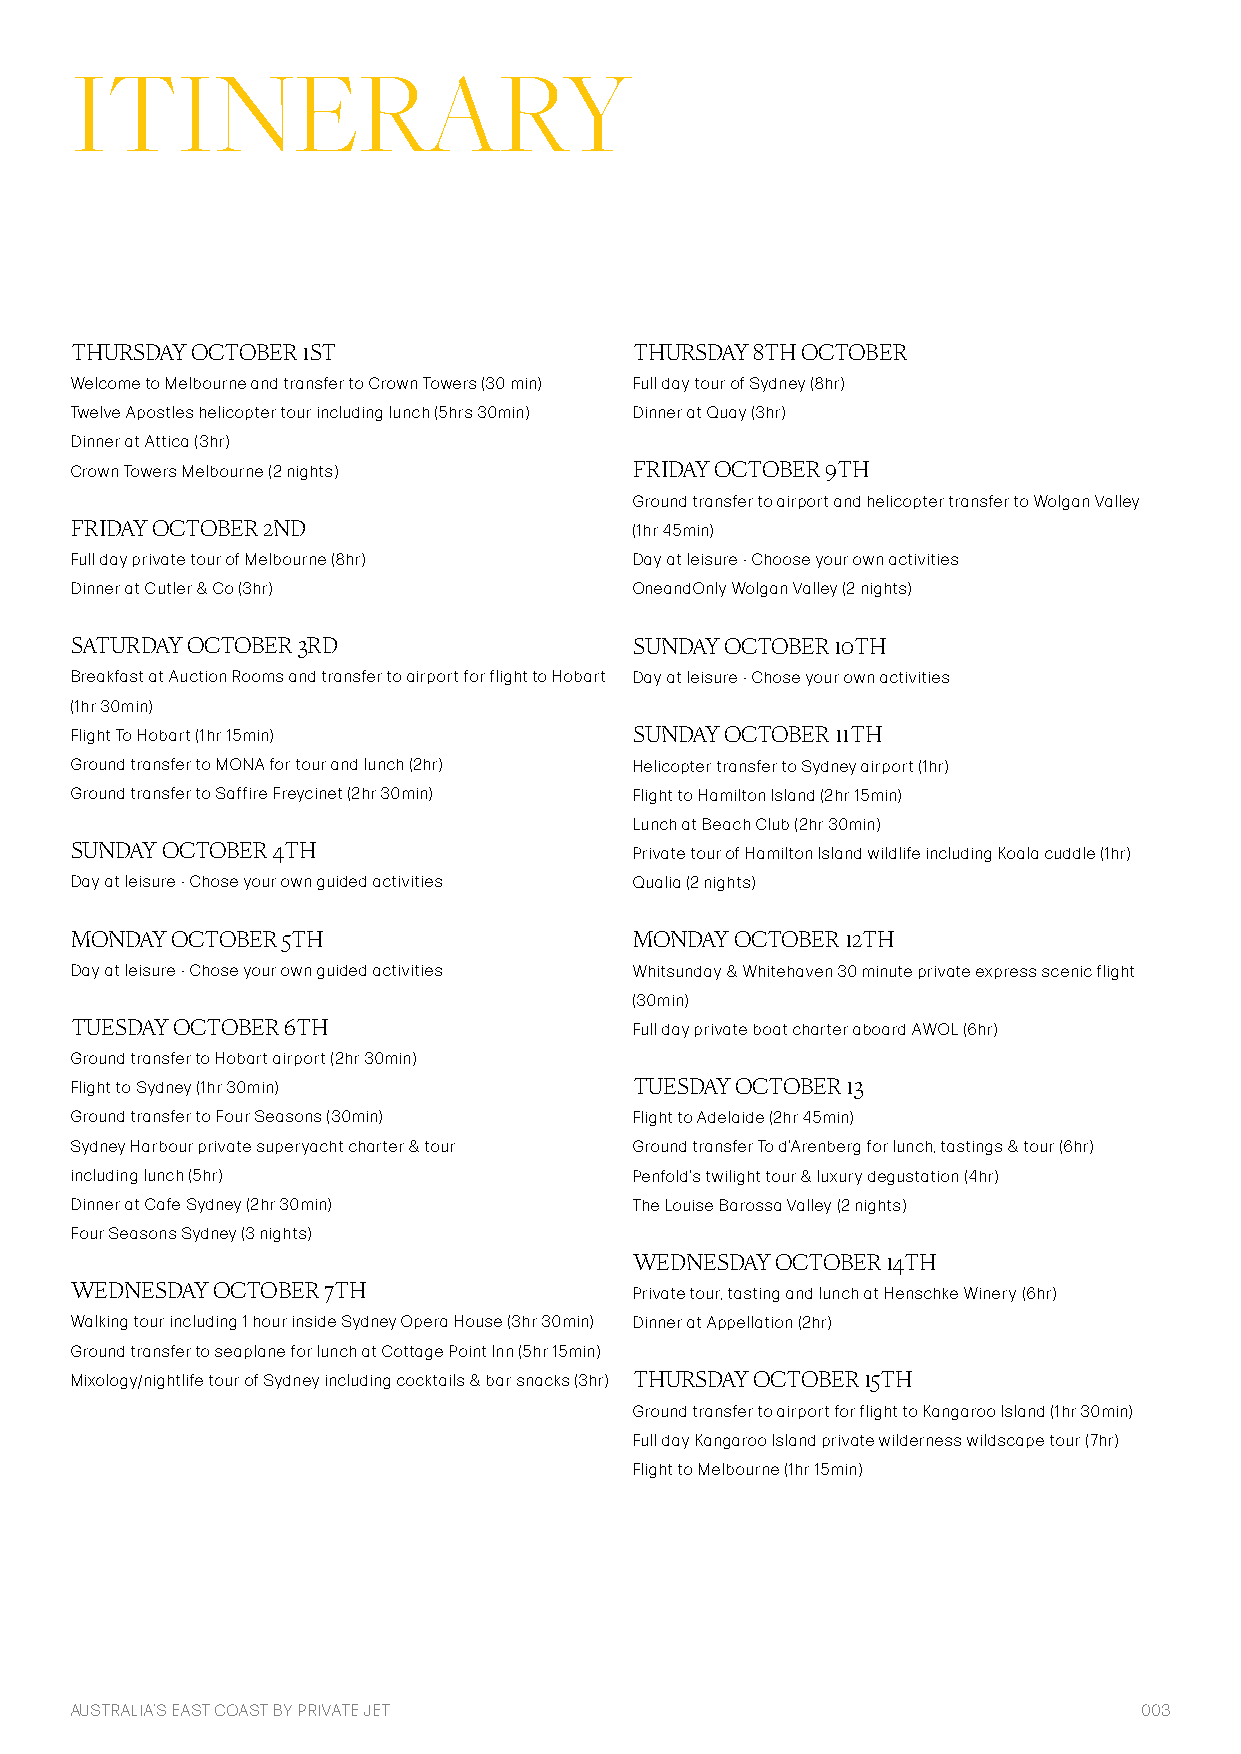
ITINERARY
 THURSDAY OCTOBER 1ST                 THURSDAY 8TH OCTOBER
 Welcome to Melbourne and transfer to Crown Towers (30 min) Full day tour of Sydney (8hr)
 Twelve Apostles helicopter tour including lunch (5hrs 30min) Dinner at Quay (3hr)
 Dinner at Attica (3hr)
 Crown Towers Melbourne (2 nights)    FRIDAY OCTOBER 9TH
 Ground transfer to airport and helicopter transfer to Wolgan Valley
 FRIDAY OCTOBER 2ND                   (1hr 45min)
 Full day private tour of Melbourne (8hr) Day at leisure - Choose your own activities
 Dinner at Cutler & Co (3hr)          OneandOnly Wolgan Valley (2 nights)
 SATURDAY OCTOBER 3RD                 SUNDAY OCTOBER 10TH
 Breakfast at Auction Rooms and transfer to airport for flight to Hobart Day at leisure - Chose your own activities
 (1hr 30min)
 Flight To Hobart (1hr 15min)         SUNDAY OCTOBER 11TH
 Ground transfer to MONA for tour and lunch (2hr) Helicopter transfer to Sydney airport (1hr)
 Ground transfer to Saffire Freycinet (2hr 30min) Flight to Hamilton Island (2hr 15min)
 Lunch at Beach Club (2hr 30min)
 SUNDAY OCTOBER 4TH
 Private tour of Hamilton Island wildlife including Koala cuddle (1hr)
 Day at leisure - Chose your own guided activities Qualia (2 nights)
 MONDAY OCTOBER 5TH                   MONDAY OCTOBER 12TH
 Day at leisure - Chose your own guided activities Whitsunday & Whitehaven 30 minute private express scenic flight
 (30min)
 TUESDAY OCTOBER 6TH                  Full day private boat charter aboard AWOL (6hr)
 Ground transfer to Hobart airport (2hr 30min)
 Flight to Sydney (1hr 30min)         TUESDAY OCTOBER 13
 Ground transfer to Four Seasons (30min) Flight to Adelaide (2hr 45min)
 Sydney Harbour private superyacht charter & tour Ground transfer To d’Arenberg for lunch, tastings & tour (6hr)
 including lunch (5hr)                Penfold’s twilight tour & luxury degustation (4hr)
 Dinner at Cafe Sydney (2hr 30min)    The Louise Barossa Valley (2 nights)
 Four Seasons Sydney (3 nights)
 WEDNESDAY OCTOBER 14TH
 WEDNESDAY OCTOBER 7TH
 Private tour, tasting and lunch at Henschke Winery (6hr)
 Walking tour including 1 hour inside Sydney Opera House (3hr 30min) Dinner at Appellation (2hr)
 Ground transfer to seaplane for lunch at Cottage Point Inn (5hr 15min)
 Mixology/nightlife tour of Sydney including cocktails & bar snacks (3hr) THURSDAY OCTOBER 15TH
 Ground transfer to airport for flight to Kangaroo Island (1hr 30min)
 Full day Kangaroo Island private wilderness wildscape tour (7hr)
 Flight to Melbourne (1hr 15min)
 AUSTRALIA’S EAST COAST BY PRIVATE JET                                  003